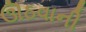
ઊઠવાની